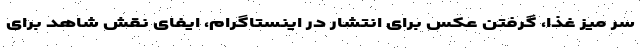
سر میز غذا، گرفتن عکس برای انتشار در اینستاگرام، ایفای نقش شاهد برای